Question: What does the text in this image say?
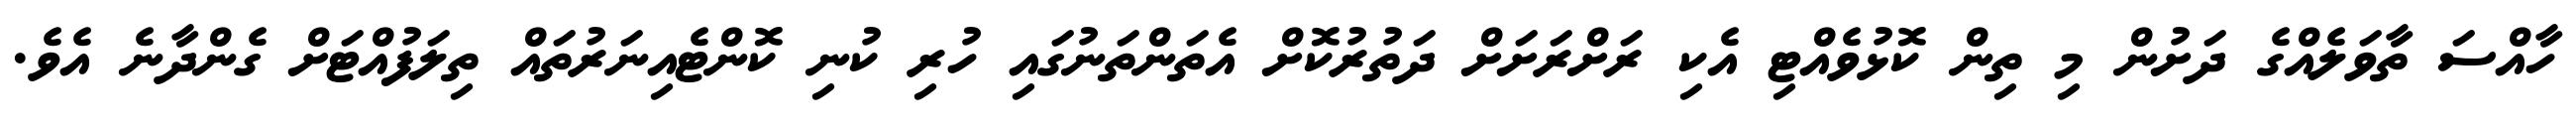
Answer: ހާއްސަ ތާވަލެއްގެ ދަށުން މި ތިން ކޮޅުވެއްޓި އެކި ރަށްރަށަށް ދަތުރުކޮށް އެތަންތަނުގައި ހުރި ކުނި ކޮންޓެއިނަރުތައް ތިލަފުއްޓަށް ގެންދާނެ އެވެ.